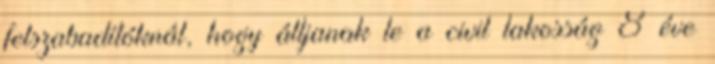
felszabadítóknál, hogy álljanak le a civil lakosság 8 éve